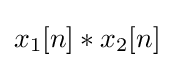
x_{1}[n]*x_{2}[n]